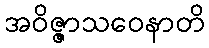
အဝိဇ္ဇာသဝေနာတိ